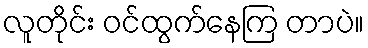
လူတိုင်း ဝင်ထွက်နေကြ တာပဲ။